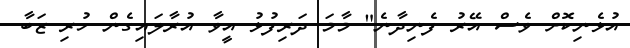
އުޅެނިކޮށް ވެސް އޭރު ފެނިދާނެ" މާމަ ދަރިފުޅު އީވާ އުރާލައިގެން ހުރި ޒަބާ